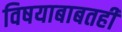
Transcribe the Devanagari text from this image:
विषयाबाबतही